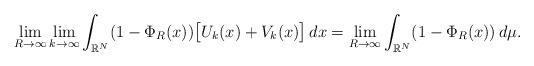
LaTeX: \begin{align*} \lim_{R\to \infty}\lim_{k\to \infty} \int_{\mathbb{R}^{N}}(1-\Phi_{R}(x))\big[ U_k(x)+V_k(x)\big]\,dx = \lim_{R\to \infty} \int_{\mathbb{R}^{N}}(1-\Phi_{R}(x))\,d\mu. \end{align*}